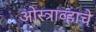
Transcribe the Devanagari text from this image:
ओस्त्राव्हाचे